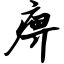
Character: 痹